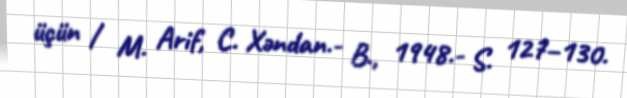
üçün / M. Arif, C. Xəndan.- B., 1948.- S. 127–130.